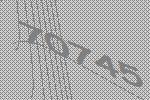
70745